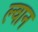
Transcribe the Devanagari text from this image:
ल्वान